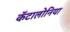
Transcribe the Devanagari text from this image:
कॅटालोनिया